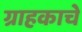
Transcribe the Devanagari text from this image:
ग्राहकाचे